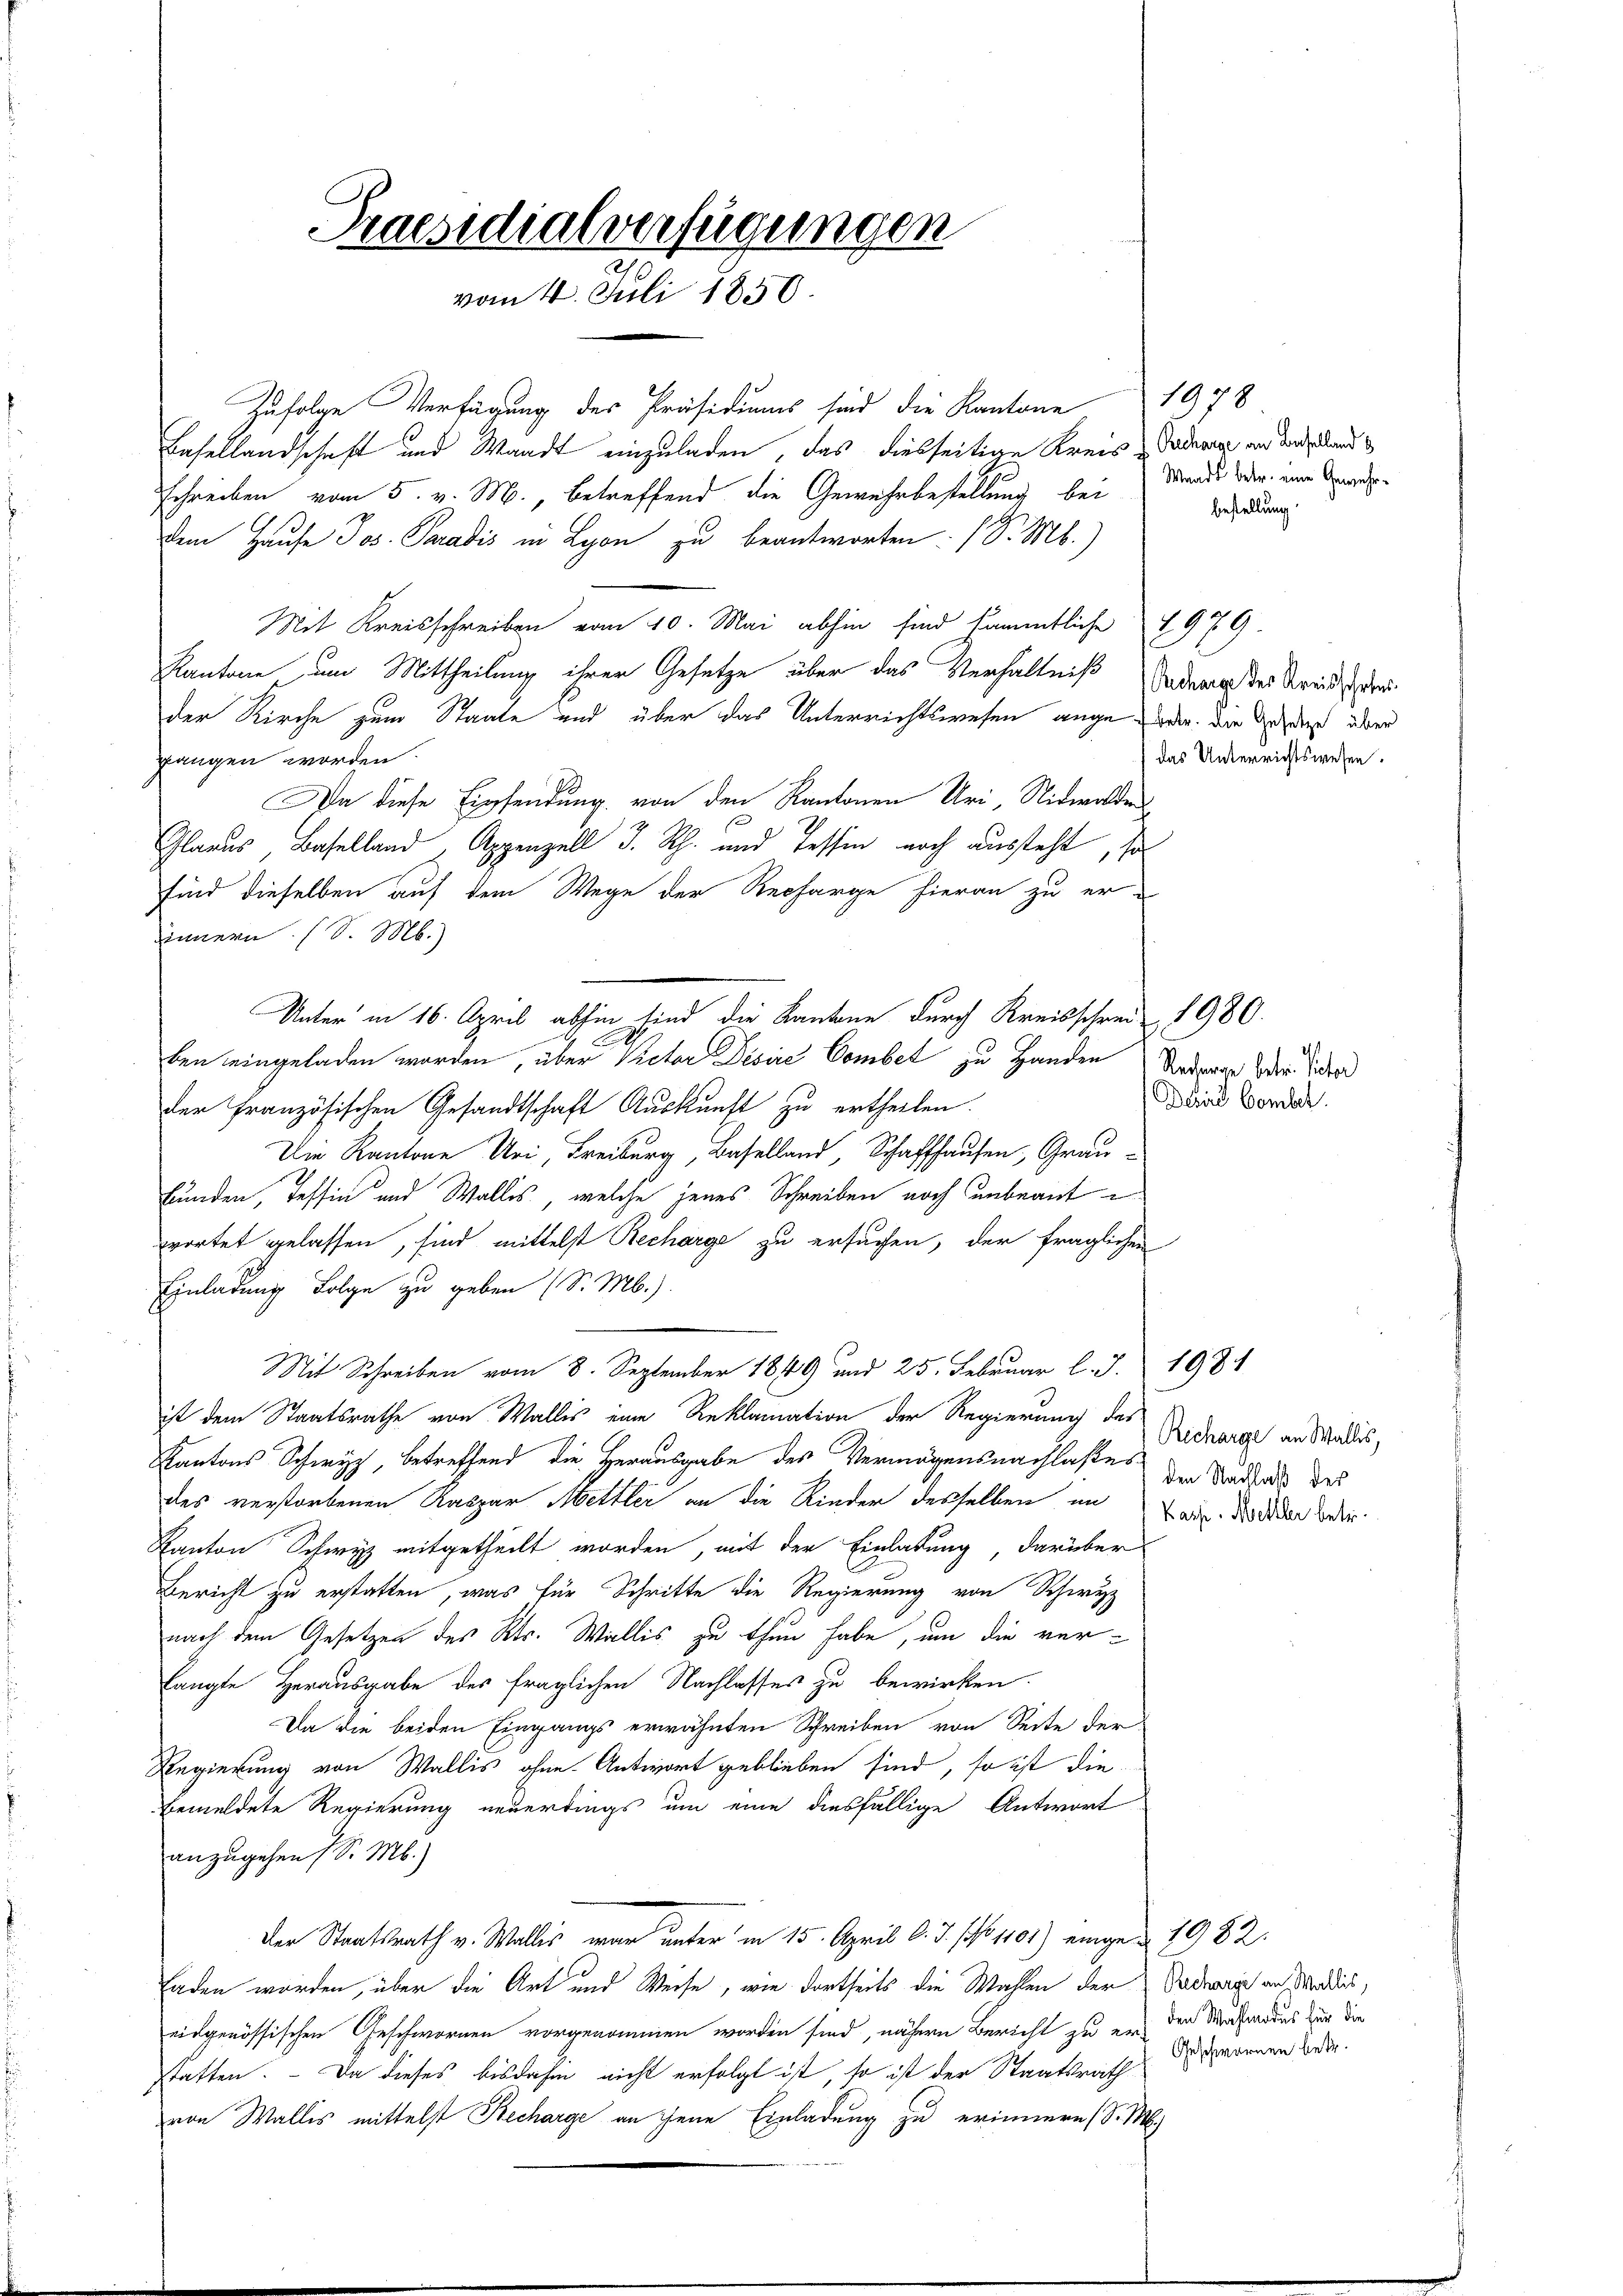
Praesidialverfügungen
vom 4. Juli 1850.

Zufolge Verfügung des Präsidiums sind die Kantone 1978
Basellandschaft und Waadt einzuladen, das diesseitige Kreis & Tademie und der land
Schreiben vom 5. v. M., betreffend die Gewehrbestellung bei
Dem Hause Jos. Paradis in Lyon zu beantworten. (S. M.)
Mit Kreisschreiben vom 10. Mai abhin sind sämmtliche 1979.
Kantone um Mittheilung ihrer Gesetze über das Verhältniß indern der Streid zu erder Kirche zum Staate und über das Unterrichtswesen ange oder die daß aber
gangen worden
Da diese Einsendung von den Kantonen Uri, Nidwalden
Glarus, Baselland Appenzell I. Rh. und Tessin noch aussteht, so
sind dieselben auf dem Wege der Recharge hieran zu er-
innern (S. M.)
Unter in 16. April abhin sind die Kantone durch Kreisschreis 1980.
ben eingeladen worden, über Victor Disire Combet zu Handen Anderne der Sicher
der Französischen Gesandtschaft Auskunft zu ertheilen.
Die Kantone Uri, Freiburg, Baselland, Schaffhausen, Graubunden, Tessin und Wallis, welche jenes Schreiben noch unbeant
wortet gelassen, sind mittelst Recharge zu ersuchen, der fraglichen
Einladung Folge zu geben (S. M.).
Mit Schreiben vom 8. September 1849 und 25. Februar l. J. 1981
ist dem Staatsrathe von Wallis eine Reklamation der Regierung des Vidharge an Mandes,
Kantons Schwyz, betreffend die Herausgabe des Vermögensnachlasse der Sandlos des
des verstorbenen Raspar Mettler an die Rieder desselben in
Kanton Schwyz mitgetheilt worden, mit der Einladung darüber
Bericht zu erstatten, was für Schritte die Regierung von Schwyz
nach dem Gesetzen des Kts. Wallis zu thun habe, um die verlangte Herausgabe des fraglichen Nachlasses zu bewirken.
Da die beiden Eingangs erwähnten Schreiben von Seite der
Regierung von Wallis ohne Antwort geblieben sind, so ist diebemeldete Regierung neuerdings um eine diesfällige Antwort
anzugehen 1 S. M.)
Der Staatsrath v. Wallis war unter in 15. April l. J. (N. 1101) eingen 1982.
aden worden, über die Art und Weise, wie dortseits die Wahlen der Sademie an Werdies,
eidgenössischen Geschwornen vorgenommen worden sind, nähern Bericht zu er den Morfindens zur die
statten. - Da dieses bisdahin nicht erfolgt ist, so ist der Staatsrath
von Wallis mittelst Recharge an ihnen Einladung zu erinnern (S. M.

Wands betr. eine Gewehr¬
Bestellung.

das Unterrichtswesen.

Derina Gombel

Kasse. Mettler betr.

Geschwornen betr.